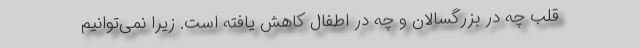
قلب چه در بزرگسالان و چه در اطفال کاهش یافته است. زیرا نمی‌توانیم